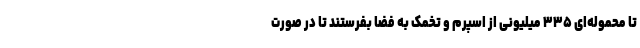
تا محموله‌ای ۳۳۵ میلیونی از اسپرم و تخمک به فضا بفرستند تا در صورت